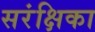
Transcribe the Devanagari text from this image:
सरंक्षिका